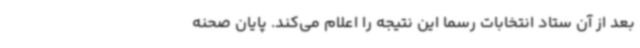
بعد از آن ستاد انتخابات رسما این نتیجه را اعلام می‌کند. پایان صحنه